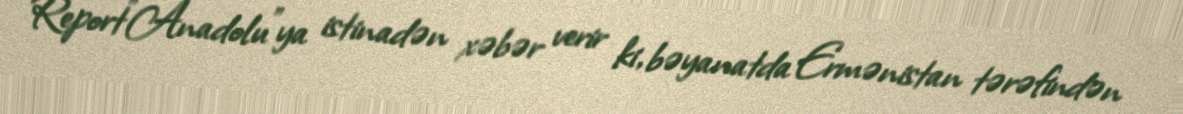
Report"Anadolu"ya istinadən xəbər verir ki, bəyanatda Ermənistan tərəfindən